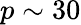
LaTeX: p\sim 30